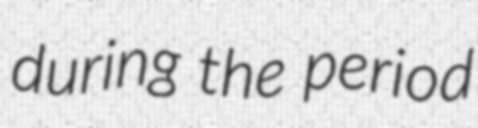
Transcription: during the period